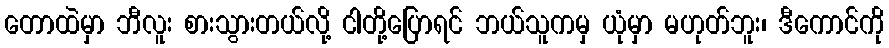
တောထဲမှာ ဘီလူး စားသွားတယ်လို့ ငါတို့ပြောရင် ဘယ်သူကမှ ယုံမှာ မဟုတ်ဘူး၊ ဒီကောင်ကို